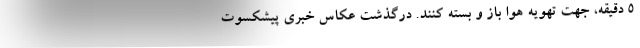
۵ دقیقه، جهت تهویه هوا باز و بسته کنند. درگذشت عکاس خبری پیشکسوت